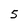
Character: 5